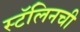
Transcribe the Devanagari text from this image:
स्टॅलिनची